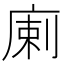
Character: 𢉨